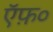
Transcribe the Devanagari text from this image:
ऍफ़०